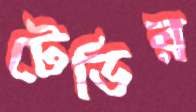
টেডির